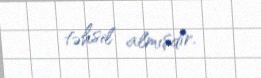
təhsil almışdır.